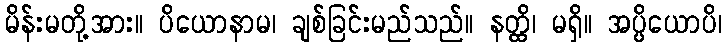
မိန်းမတို့အား။ ပိယောနာမ၊ ချစ်ခြင်းမည်သည်။ နတ္ထိ၊ မရှိ။ အပ္ပိယောပိ၊